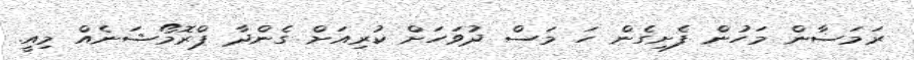
ރަމަޟާން މަހުން ފެށިގެން ހަ މަސް ދުވަހަށް ކުރިއަށް ގެންދާ ޕްރޮމޯޝަނެއް މިއީ.